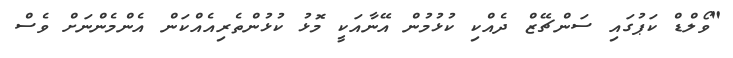
"ވޯލްޑް ކަޕުގައި ސަންޗޭޒް ދެއްކި ކުޅުމުން އޭނާއަކީ މޮޅު ކުޅުންތެރިއެއްކަން އެންމެންނަށް ވެސް